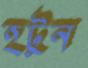
হটুন